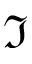
\Im